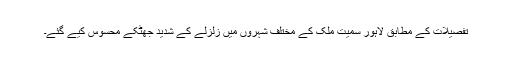
تفصیلات کے مطابق لاہور سمیت ملک کے مختلف شہروں میں زلزلے کے شدید جھٹکے محسوس کیے گئے۔